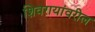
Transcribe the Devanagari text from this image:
शिवरायांवरील